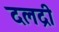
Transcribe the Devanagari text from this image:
दलद्री